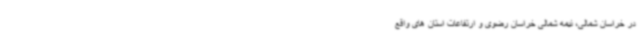
در خراسان شمالی، نیمه شمالی خراسان رضوی و ارتفاعات استان های واقع